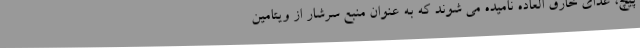
پیچ، غذای خارق العاده نامیده می شوند که به عنوان منبع سرشار از ویتامین